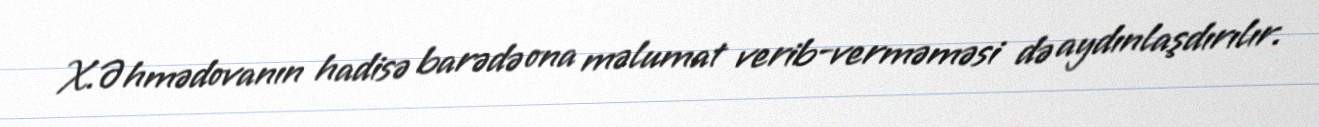
X.Əhmədovanın hadisə barədə ona məlumat verib-verməməsi də aydınlaşdırılır.